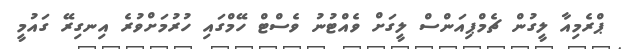
ޕްރެމިއާ ލީގުން ޗެމްޕިއަންސް ލީގަށް ވެއްޓުނު ވެސްޓް ހޭމްގައި ހުރުމަށްވުރެ އިނގިރޭ ގައުމީ